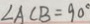
\angle A C B = 9 0 ^ { \circ }